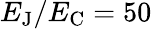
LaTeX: E_{\mathrm{{J}}}/E_{\mathrm{{C}}}=50